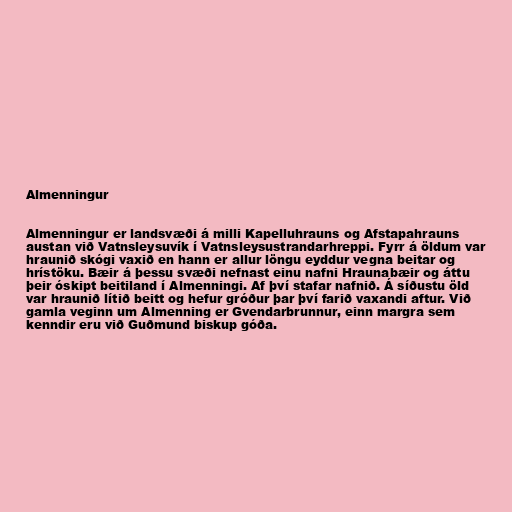
Almenningur

Almenningur er landsvæði á milli Kapelluhrauns og Afstapahrauns
austan við Vatnsleysuvík í Vatnsleysustrandarhreppi. Fyrr á öldum var
hraunið skógi vaxið en hann er allur löngu eyddur vegna beitar og
hrístöku. Bæir á þessu svæði nefnast einu nafni Hraunabæir og áttu
þeir óskipt beitiland í Almenningi. Af því stafar nafnið. Á síðustu öld
var hraunið lítið beitt og hefur gróður þar því farið vaxandi aftur. Við
gamla veginn um Almenning er Gvendarbrunnur, einn margra sem
kenndir eru við Guðmund biskup góða.